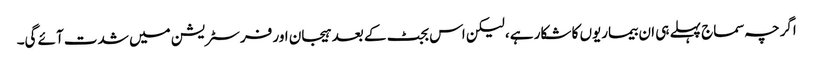
اگرچہ سماج پہلے ہی ان بیماریوں کا شکار ہے، لیکن اس بجٹ کے بعد ہیجان اور فرسٹریشن میں شدت آئے گی۔